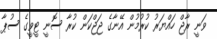
ވަނީ ރާޖް ހައްޔަރު ކުރުމުން އޭނާގެ ޖަޖްކަން ކުރާ ސޮނީ ޓީވީގެ ސުޕާ